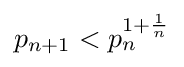
p_{n+1}<p_{n}^{1+{\frac {1}{n}}}